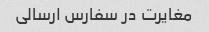
مغایرت در سفارس ارسالی